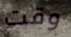
وقت